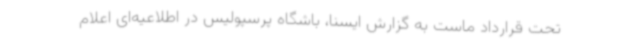
تحت قرارداد ماست به گزارش ایسنا، باشگاه پرسپولیس در اطلاعیه‌ای اعلام